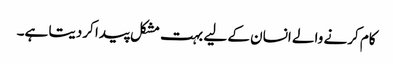
کام کرنے والے انسان کے لیے بہت مشکل پیدا کردیتا ہے۔